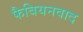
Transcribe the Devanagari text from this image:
फैबियनवाद